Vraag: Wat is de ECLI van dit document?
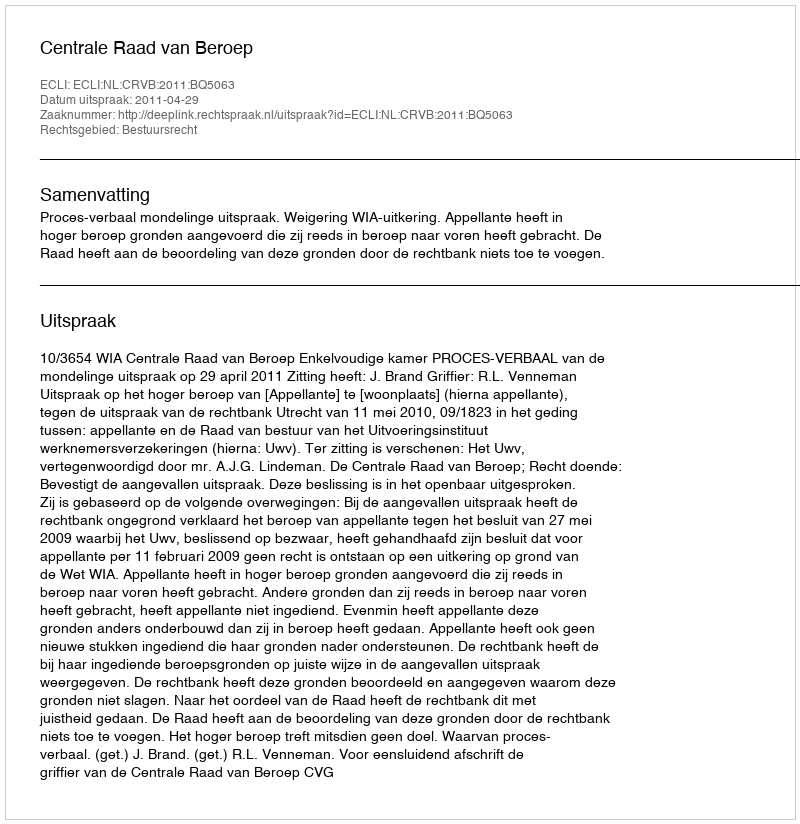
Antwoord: ECLI:NL:CRVB:2011:BQ5063